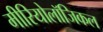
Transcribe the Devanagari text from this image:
मीरियोलॉजिकल